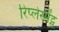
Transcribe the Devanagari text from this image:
रिप्लेस्मेंट्स